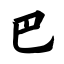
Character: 巴